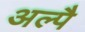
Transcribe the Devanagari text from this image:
अल्पै